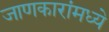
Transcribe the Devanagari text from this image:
जाणकारांमध्ये